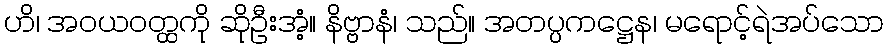
ဟိ၊ အဝယဝတ္ထကို ဆိုဦးအံ့။ နိဗ္ဗာနံ၊ သည်။ အတပ္ပကဋ္ဌေန၊ မရောင့်ရဲအပ်သော